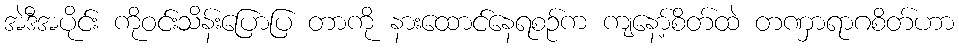
အဲဒီအပိုင်း ကိုဝင်းသိန်းပြောပြ တာကို နားထောင်နေရစဉ်က ကျနော့်စိတ်ထဲ တဏှာရာဂစိတ်ဟာ